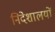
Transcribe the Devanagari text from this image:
निदेशालयों